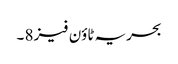
بحریہ ٹاؤن فیز 8 ۔